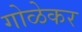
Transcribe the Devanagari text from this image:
गोळेकर